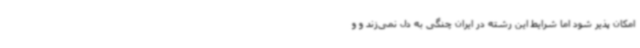
امکان پذیر شود اما شرایط این رشته در ایران چنگی به دل نمی‌زند و و